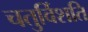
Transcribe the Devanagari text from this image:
चतुर्विशति